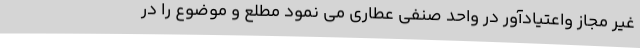
غیر مجاز واعتیادآور در واحد صنفی عطاری می نمود مطلع و موضوع را در